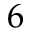
6